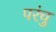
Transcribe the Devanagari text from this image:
परंचु